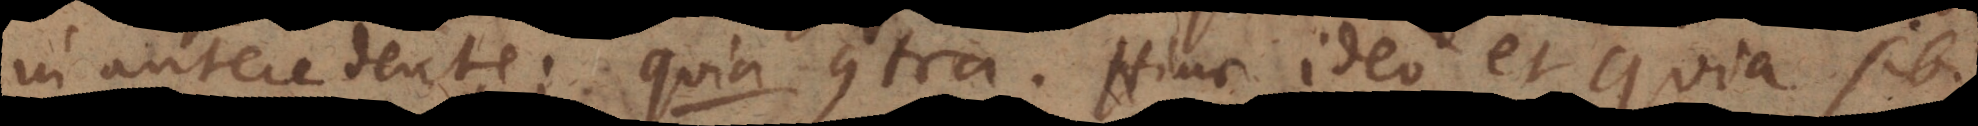
antecedente; quia contra. Hinc ideo et quia sibi